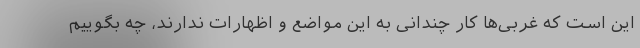
این است که غربی‌ها کار چندانی به این مواضع و اظهارات ندارند، چه بگوییم